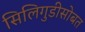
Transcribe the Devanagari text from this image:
सिलिगुडीसोबत